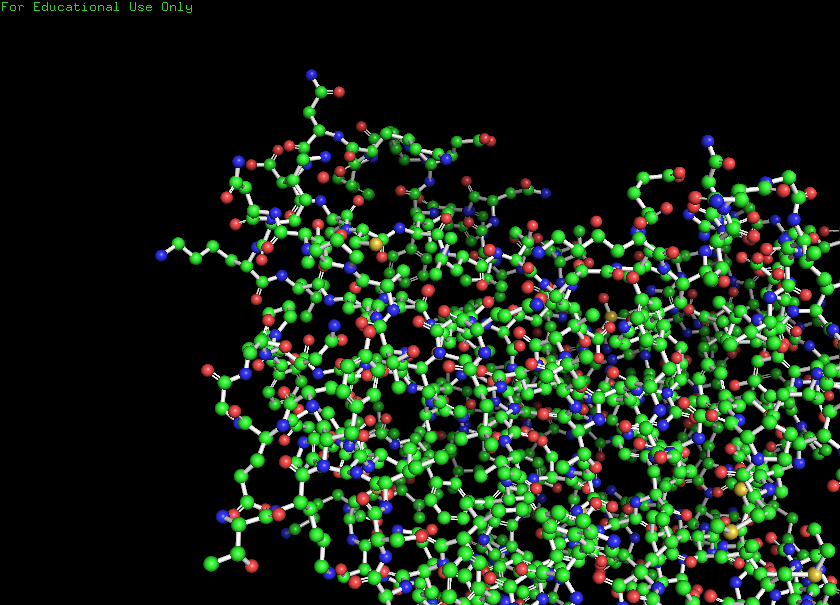
pymol, preset, ball_and_stick